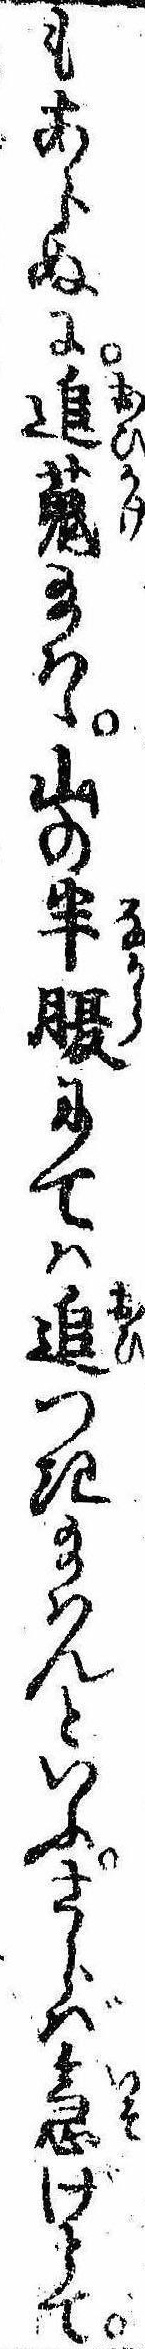
もあらぬに追蒐給はゝ山の半腹にては追つき給はんといふさらば急げとて